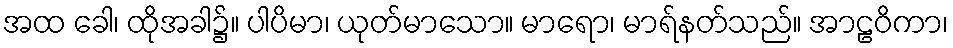
အထ ခေါ၊ ထိုအခါ၌။ ပါပိမာ၊ ယုတ်မာသော။ မာရော၊ မာရ်နတ်သည်။ အာဠဝိကာ၊